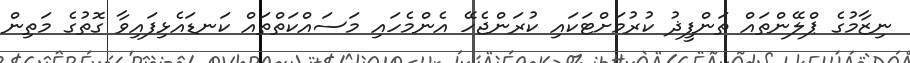
ނިޒާމުގެ ޕްލޭންތައް ތަންފީޛު ކުރުމަށްޓަކައި ކުރަންޖެހޭ އެންމެހައި މަސައްކަތްތައް ކަނޑައެޅިފައިވާ ގޮތުގެ މަތިން